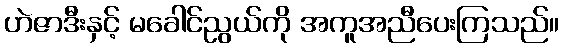
ဟဲဇာဒီးနှင့် မခေါင်ညွယ်ကို အကူအညီပေးကြသည်။